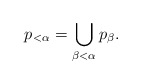
\begin{align*}p_{<\alpha} = \bigcup_{\beta< \alpha} p_\beta.\end{align*}